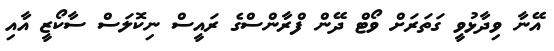
އޭނާ ވިދާޅުވީ ގަތަރަށް ވޯޓް ދޭން ފްރާންސްގެ ރައީސް ނިކޮލަސް ސާކޯޒީ އާއި